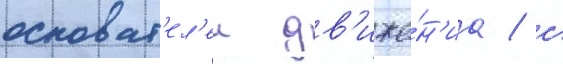
основат'ел'еи дв'иже́н'иа / с